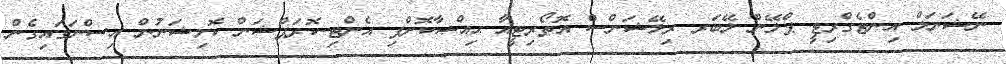
ނޭޝަނަލް އިންޓެގްރިޓީ ޕްލޭން ލޭބަރ ރިލޭޝަންސް އޮތޯރިޓީއާ ޙިއްޞާކޮށްފި އެންޓި-ކޮރަޕްޝަން ކޮމިޝަނުން އިސްނަގައިގެން